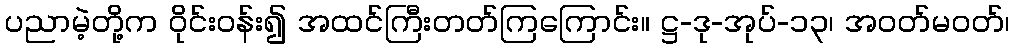
ပညာမဲ့တို့က ဝိုင်းဝန်း၍ အထင်ကြီးတတ်ကြကြောင်း။ ဋ္ဌ-ဒု-အုပ်-၁၃၊ အဝတ်မဝတ်၊